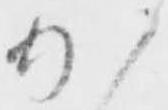
加